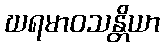
ဃရမာဝသန္တိယာ